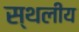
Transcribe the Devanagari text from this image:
स्‍थलीय